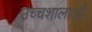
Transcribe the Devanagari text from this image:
उच्चशालाओं